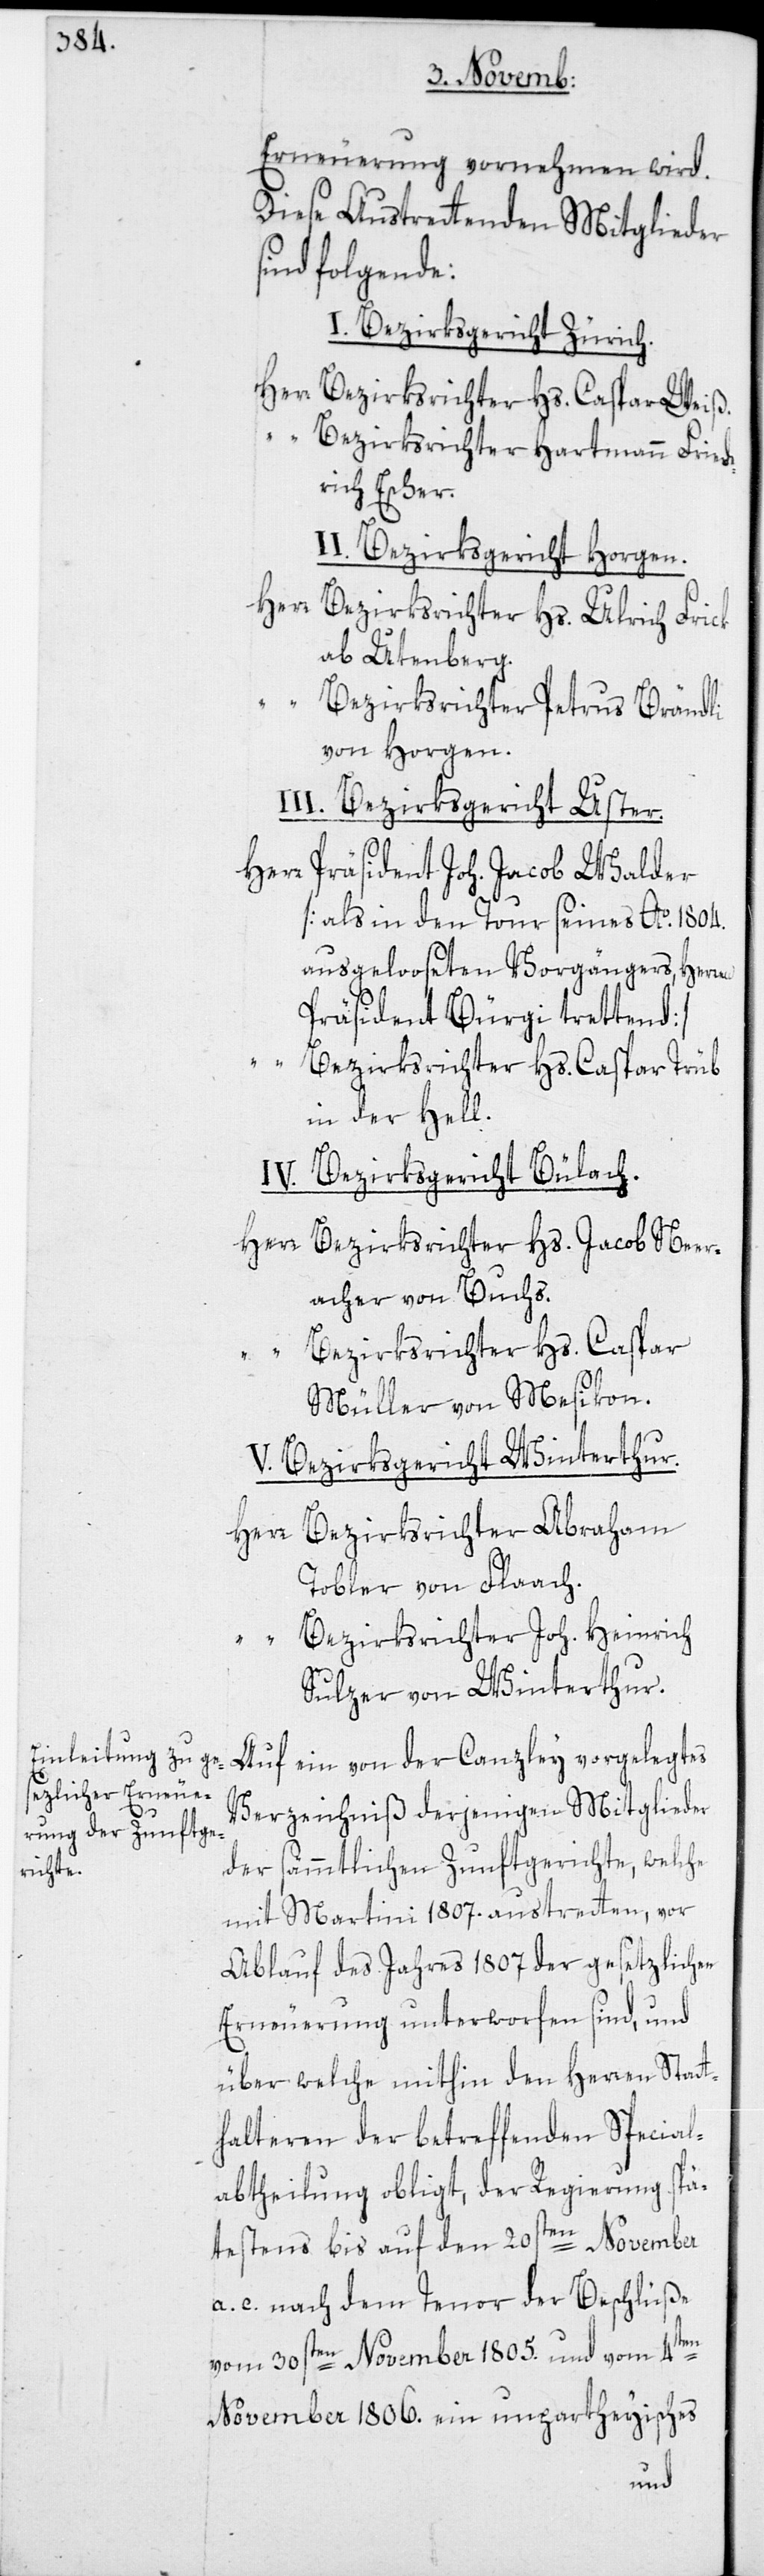
Erneuerung vornehmen wird.
Diese Austrettenden Mitglieder
sind folgende:
I. Bezirksgericht Zürich.
Herr Bezirksrichter Hs. Caspar Weiß.
“ Bezirksrichter Hartmann Fried¬
rich Escher.
II. Bezirksgericht Horgen.
Herr Bezirksrichter Hs. Ulrich Frick
ab Utenberg.
Bezirksrichter Petrus Brändli
von Horgen.
III. Bezirksgericht Uster.
Präsident Joh. Jacob Walder
[als in den Tour seines Ao. 1804.
ausgelooseten Vorgängers, Herren
Präsident Bürgi trettend]
Bezirksrichter Hs. Caspar Trüb
in der Hell.
IV. Bezirksgericht Bülach.
Herr Bezirksrichter Hs. Jacob Neer¬
acher von Buchs.
“ Bezirksrichter Hs. Caspar
Müller von Mesikon.
V. Bezirksgericht Winterthur.
Herr Bezirksrichter Abraham
Tobler von Flaach.
“ Bezirksrichter Joh. Heinrich
Sulzer von Winterthur.
Auf ein von der Canzley vorgelegtes
Verzeichniß derjenigen Mitglieder
der sämmtlichen Zunftgerichte, welche
mit Martini 1807. austretten, vor
Ablauf des Jahres 1807 der gesetzlichen
Erneuerung unterworfen sind, und
über welche mithin den Herren Statt¬
halteren der betreffenden Special¬
abtheilung obligt, der Regierung spä¬
testens bis auf den 20sten November
a. c. nach dem Tenor der Beschlüße
vom 30sten November 1805. und vom 4ten
November 1806. ein unpartheyisches